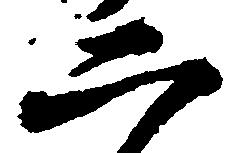
二